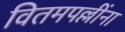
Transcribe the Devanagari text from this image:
वितमपल्लींना